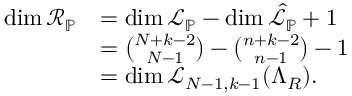
\begin{array} { r l } { \dim \mathcal { R } _ { \mathbb { P } } } & { = \dim { \mathcal { L } } _ { \mathbb { P } } - \dim \hat { \mathcal { L } } _ { \mathbb { P } } + 1 } \\ & { = { \binom { N + k - 2 } { N - 1 } } - { \binom { n + k - 2 } { n - 1 } } - 1 } \\ & { = \dim \mathcal { L } _ { N - 1 , k - 1 } ( \Lambda _ { R } ) . } \end{array}